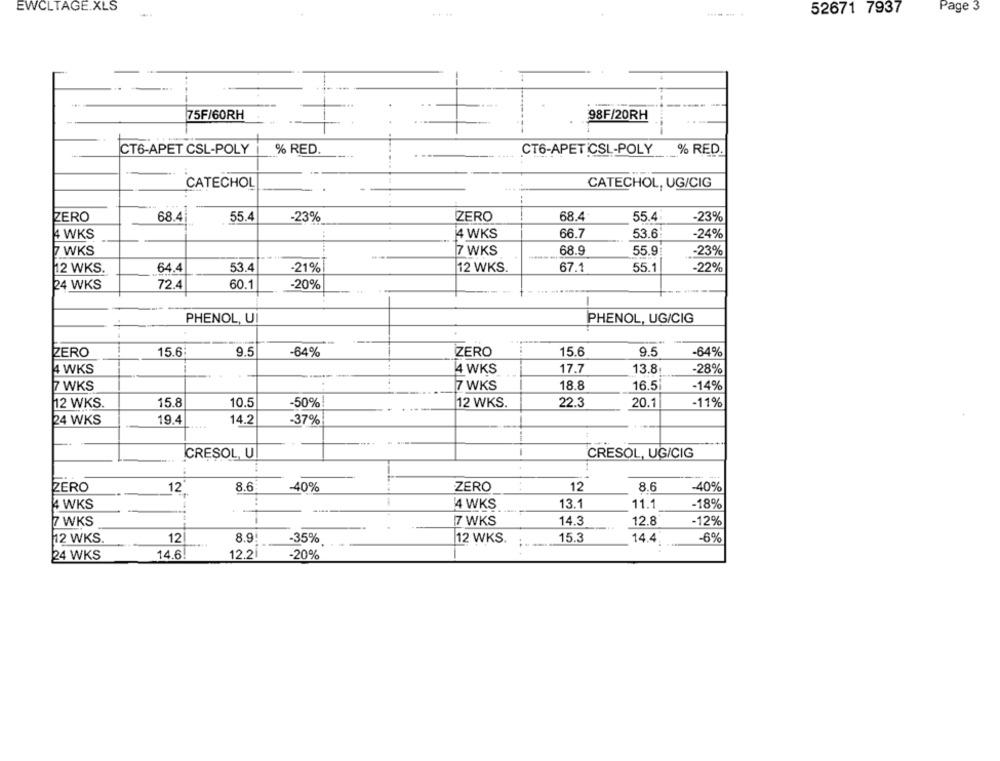
EWCLTAGE.XLS
Page 3
---
52671 7937
--
75F/60RH
98F/20RH
CT6-APET CSL-POLY
% RED.
CT6-APETCSL-POLY
% RED.
CATECHOL
CATECHOL, UG/CIG
ZERO
68.4
55.4
-23%
ZERO
68.4
55.4
23%
4 WKS
44
14 WKS
66.7
53.6
-24%
7 WKS
7 WKS
68.9
55.9
-23%
64.4
53.4
67.1
12 WKS.
-21%
12 WKS.
55.1
-22%
24 WKS
72.4
60.1
-20%
PHENOL, U
PHENOL, UG/CIG
ZERO
ZERO
15.6
9.5
-64%
15.6
9.5
-64%
4 WKS
4 WKS
17.7
13.8
-28%
7 WKS
7 WKS
18.8
16.5
-14%
12 WKS.
15.8
10.5
-50%
12 WKS.
22.3
20.1
-11%
14.2
24 WKS
19.4
-37%
CRESOL, U
CRESOL, UG/CIG
ZERO
8.6
ZERO
12
8.6
-40%
12
-40%
..
4 WKS
14 WKS
13.1
11.1
-18%
7 WKS
7 WKS
14.3
12.8
-12%
12 WKS.
12
8.9!
-35%
12 WKS.
15.3
14.4
-6%
24 WKS
14.6
12.2
-20%